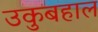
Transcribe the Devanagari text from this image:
उकुबहाल